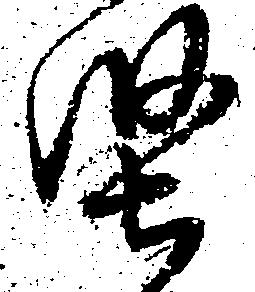
堅